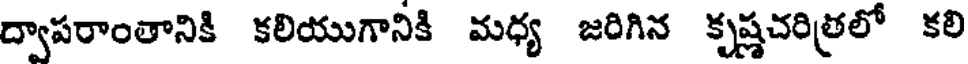
ద్వాపరాంతానికి కలియుగానికి మధ్య జరిగిన కృష్ణచరిత్రలో కలి